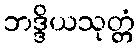
ဘဒ္ဒိယသုတ္တံ